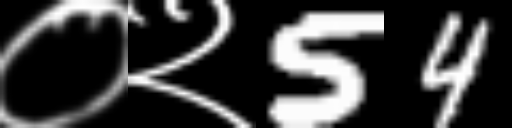
Text: ०२54